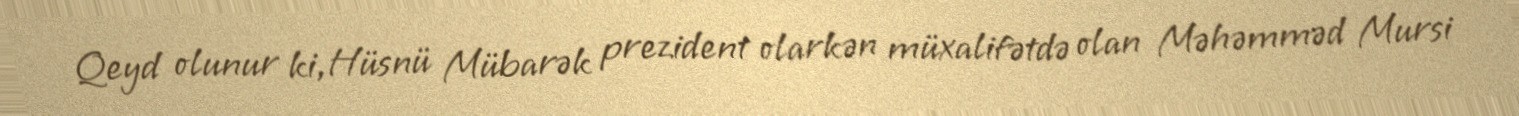
Qeyd olunur ki,Hüsnü Mübarək prezident olarkən müxalifətdə olan Məhəmməd Mursi